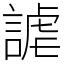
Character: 謔